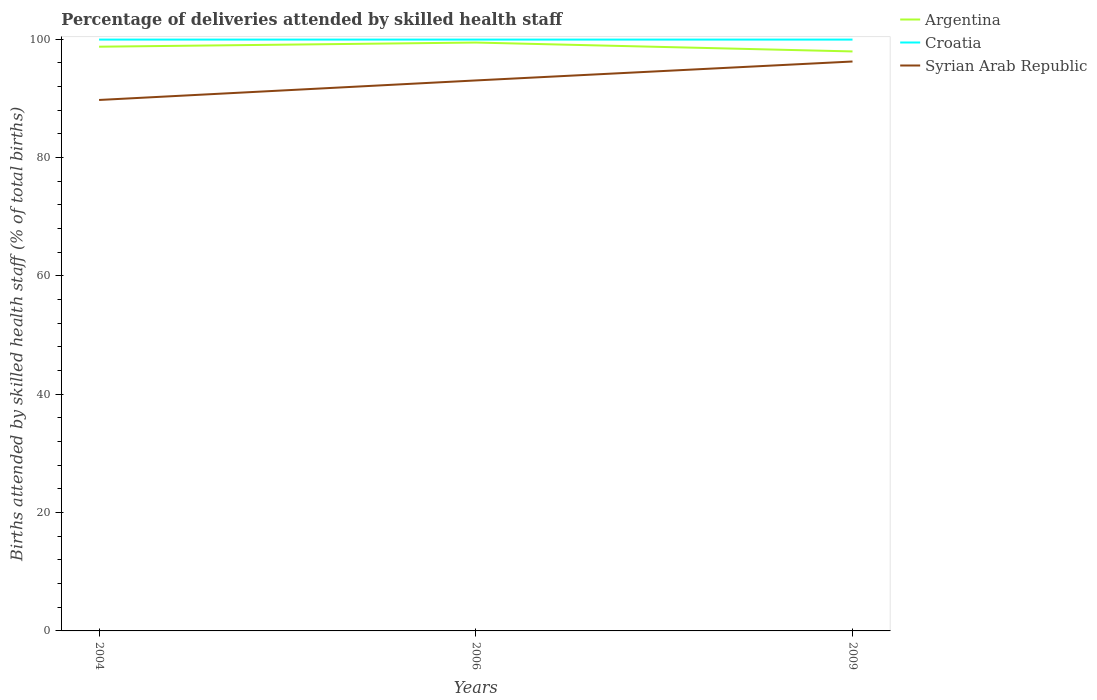
| Years | Argentina | Croatia | Syrian Arab Republic |
 | --- | --- | --- | --- |
 | 2004 | 98.7 | 99.9 | 89.7 |
 | 2006 | 99.4 | 99.9 | 93 |
 | 2009 | 97.9 | 99.9 | 96.2 |